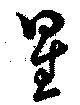
星